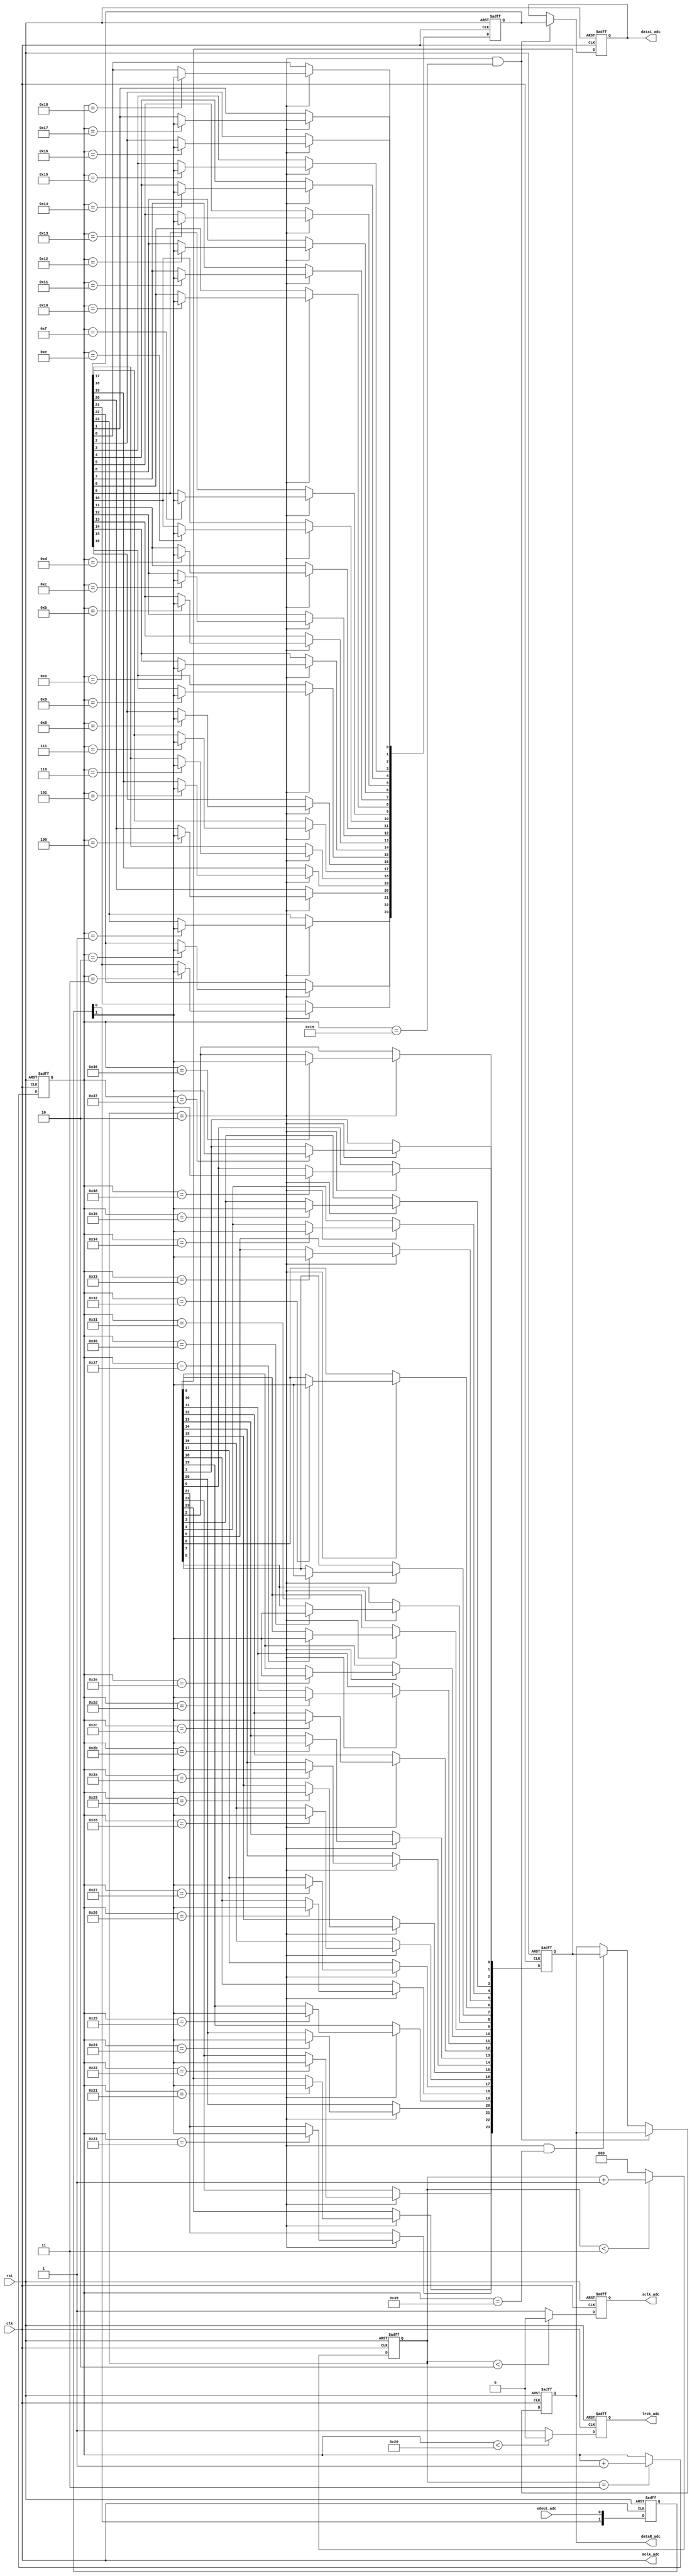
module adc_controller_new_1213(
    input clk,
    input rst,
	 // Input from CS5343
	 input sdout_adc, 
	 output reg sclk_adc,
	 output reg lrck_adc,
	 output mclk_adc,
	 output reg [23:0] dataL_adc,
	 output reg [23:0] dataR_adc	 
);
	localparam CNT_MAX = 3'd4;

	reg [1:0] sdout_adc_buf;
	reg [23:0] dataL_adc_buf,dataR_adc_buf;

	assign mclk_adc = clk;

	reg [2:0] cnt;
	
	always @ (posedge clk,posedge rst)
		if (rst) cnt <= 3'd0;
		else if (cnt < CNT_MAX - 1) cnt <= cnt + 1'b1;
		else cnt <= 3'd0;
	
	always @ (posedge clk, posedge rst)
		if (rst) sclk_adc <= 1'b0;
		else if (cnt < CNT_MAX/2) sclk_adc <= 1'b0;
		else sclk_adc <= 1'b1;
	
	reg [5:0] bit_cnt;	
	
	always @ (posedge clk, posedge rst)
		if (rst) bit_cnt <= 6'd0;
		else if (cnt == CNT_MAX - 1) bit_cnt <= bit_cnt + 1'b1;
		else;
	
	always @ (posedge clk, posedge rst)
		if (rst) lrck_adc <= 1'b0;
	   else if (bit_cnt < 6'd32) lrck_adc <= 1'b0;
		else lrck_adc <= 1'b1;
	
	always @ (posedge clk, posedge rst)
		if (rst) sdout_adc_buf <= 2'b0;
		else  begin
			sdout_adc_buf[1] <= sdout_adc_buf[0];
			sdout_adc_buf[0] <= sdout_adc;
		end	

always @ (posedge clk, posedge rst)
		if (rst) begin
			dataL_adc_buf <= 24'd0;
			dataR_adc_buf <= 24'd0;
		end
		else if (cnt == CNT_MAX/2) begin
			case (bit_cnt)
				6'd1: dataL_adc_buf[23] <= sdout_adc_buf[1];
				6'd2: dataL_adc_buf[22] <= sdout_adc_buf[1];
				6'd3: dataL_adc_buf[21] <= sdout_adc_buf[1];
				6'd4: dataL_adc_buf[20] <= sdout_adc_buf[1];
				6'd5: dataL_adc_buf[19] <= sdout_adc_buf[1];
				6'd6: dataL_adc_buf[18] <= sdout_adc_buf[1];
				6'd7: dataL_adc_buf[17] <= sdout_adc_buf[1];
				6'd8: dataL_adc_buf[16] <= sdout_adc_buf[1];
				6'd9: dataL_adc_buf[15] <= sdout_adc_buf[1];
				6'd10:dataL_adc_buf[14] <= sdout_adc_buf[1];
				6'd11:dataL_adc_buf[13] <= sdout_adc_buf[1];
				6'd12:dataL_adc_buf[12] <= sdout_adc_buf[1];
				6'd13:dataL_adc_buf[11] <= sdout_adc_buf[1];
				6'd14:dataL_adc_buf[10] <= sdout_adc_buf[1];
				6'd15:dataL_adc_buf[9] <= sdout_adc_buf[1];
				6'd16:dataL_adc_buf[8] <= sdout_adc_buf[1];
				6'd17:dataL_adc_buf[7] <= sdout_adc_buf[1];
				6'd18:dataL_adc_buf[6] <= sdout_adc_buf[1];
				6'd19:dataL_adc_buf[5] <= sdout_adc_buf[1];
				6'd20:dataL_adc_buf[4] <= sdout_adc_buf[1];
				6'd21:dataL_adc_buf[3] <= sdout_adc_buf[1];
				6'd22:dataL_adc_buf[2] <= sdout_adc_buf[1];
				6'd23:dataL_adc_buf[1] <= sdout_adc_buf[1];
				6'd24:dataL_adc_buf[0] <= sdout_adc_buf[1];
				
				6'd33: dataR_adc_buf[23] <= sdout_adc_buf[1];
				6'd34: dataR_adc_buf[22] <= sdout_adc_buf[1];
				6'd35: dataR_adc_buf[21] <= sdout_adc_buf[1];
				6'd36: dataR_adc_buf[20] <= sdout_adc_buf[1];
				6'd37: dataR_adc_buf[19] <= sdout_adc_buf[1];
				6'd38: dataR_adc_buf[18] <= sdout_adc_buf[1];
				6'd39: dataR_adc_buf[17] <= sdout_adc_buf[1];
				6'd40: dataR_adc_buf[16] <= sdout_adc_buf[1];
				6'd41: dataR_adc_buf[15] <= sdout_adc_buf[1];
				6'd42:dataR_adc_buf[14] <= sdout_adc_buf[1];
				6'd43:dataR_adc_buf[13] <= sdout_adc_buf[1];
				6'd44:dataR_adc_buf[12] <= sdout_adc_buf[1];
				6'd45:dataR_adc_buf[11] <= sdout_adc_buf[1];
				6'd46:dataR_adc_buf[10] <= sdout_adc_buf[1];
				6'd47:dataR_adc_buf[9] <= sdout_adc_buf[1];
				6'd48:dataR_adc_buf[8] <= sdout_adc_buf[1];
				6'd49:dataR_adc_buf[7] <= sdout_adc_buf[1];
				6'd50:dataR_adc_buf[6] <= sdout_adc_buf[1];
				6'd51:dataR_adc_buf[5] <= sdout_adc_buf[1];
				6'd52:dataR_adc_buf[4] <= sdout_adc_buf[1];
				6'd53:dataR_adc_buf[3] <= sdout_adc_buf[1];
				6'd54:dataR_adc_buf[2] <= sdout_adc_buf[1];
				6'd55:dataR_adc_buf[1] <= sdout_adc_buf[1];
				6'd56:dataR_adc_buf[0] <= sdout_adc_buf[1];
				
				default:;
			endcase
		end
	
	always @ (posedge clk, posedge rst)
		if (rst) begin
			dataL_adc <= 24'd0;
			dataR_adc <= 24'd0;
		end
		else if ((cnt == CNT_MAX/2) && (bit_cnt == 6'd25))
			dataL_adc <= dataL_adc_buf;
		else if ((cnt == CNT_MAX/2) && (bit_cnt == 6'd57))
			dataR_adc <= dataR_adc_buf;
		else;
		
endmodule